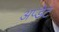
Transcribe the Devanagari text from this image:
अप्डेट